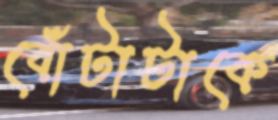
বোঁটাটাকে